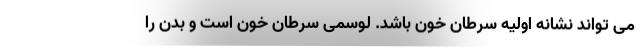
می تواند نشانه اولیه سرطان خون باشد. لوسمی سرطان خون است و بدن را